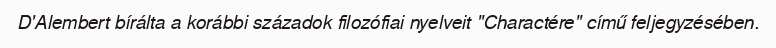
D'Alembert bírálta a korábbi századok filozófiai nyelveit "Charactére" című feljegyzésében.